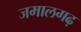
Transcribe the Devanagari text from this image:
जमालगढ़